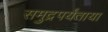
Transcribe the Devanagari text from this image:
समुद्रपर्यंताया